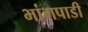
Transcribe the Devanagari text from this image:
भांगपाडी